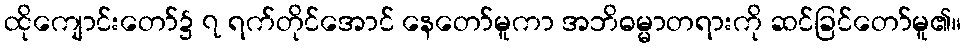
ထိုကျောင်းတော်၌ ၇ ရက်တိုင်အောင် နေတော်မူကာ အဘိဓမ္မာတရားကို ဆင်ခြင်တော်မူ၏။